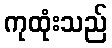
ကုထုံးသည်